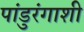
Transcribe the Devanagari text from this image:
पांडुरंगाशी